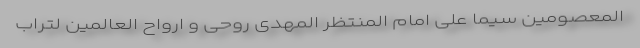
المعصومین سیما علی امام المنتظر المهدی روحی و ارواح العالمین لتراب